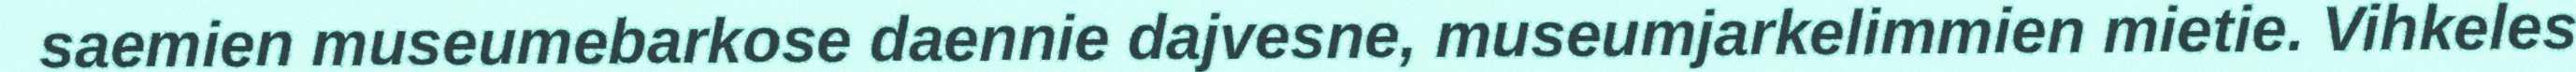
saemien museumebarkose daennie dajvesne, museumjarkelimmien mietie. Vihkeles